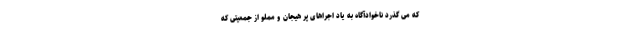
که می گذرد ناخوادآگاه به یاد اجراهای پر هیجان و مملو از جمعیتی که